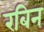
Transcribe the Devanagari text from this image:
रबिन